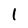
Character: 1